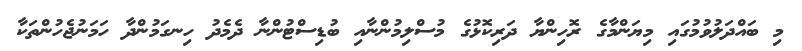
މި ބައްދަލުވުމުގައި މިޔަންމާގެ ރޮހިންޔާ ދަރިކޮޅުގެ މުސްލިމުންނާއި ބުޑިސްޓުންނާ ދެމެދު ހިނގަމުންދާ ހަމަނުޖެހުންތަކާ